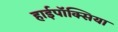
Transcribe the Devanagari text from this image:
हाईपॉक्सिया